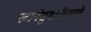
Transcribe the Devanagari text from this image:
खानेसुमारीप्रमाणे